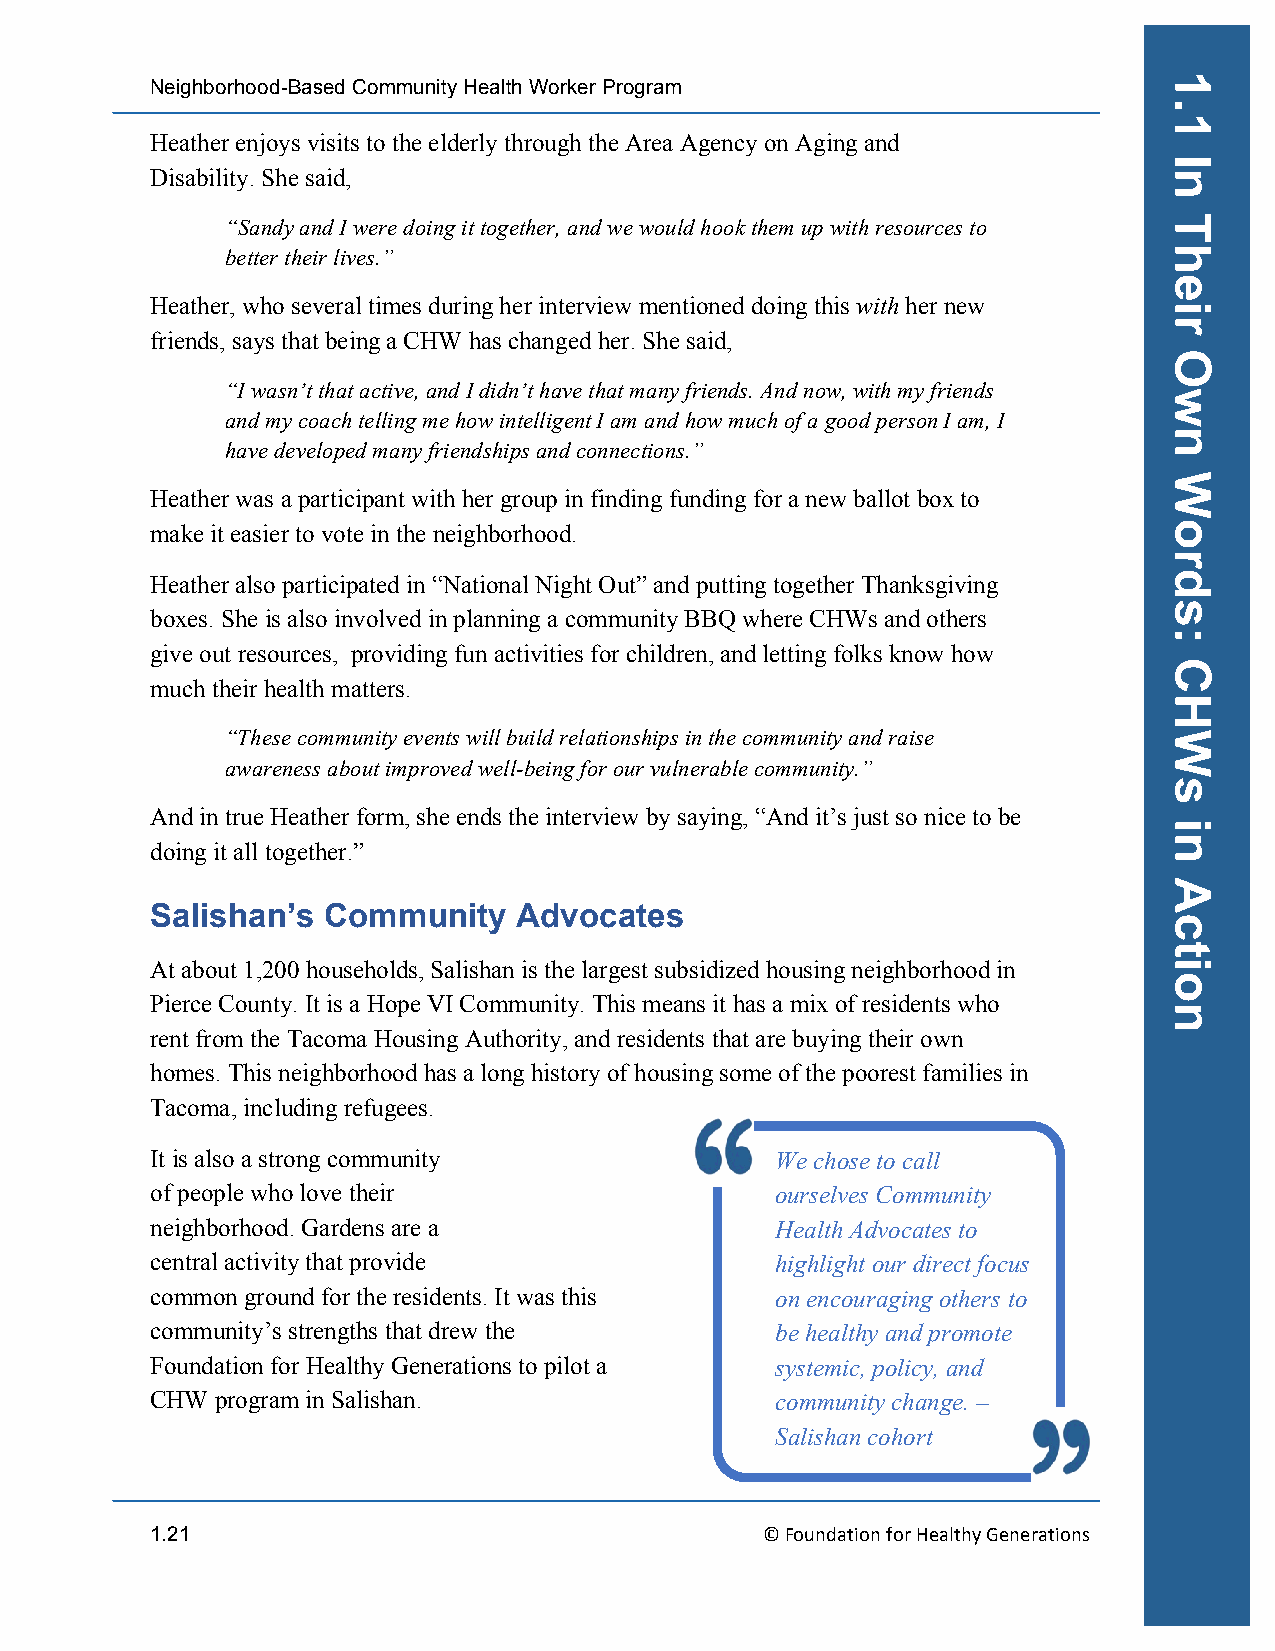
Neighborhood-Based Community Health Worker Program
 Heather enjoys visits to the elderly through the Area Agency on Aging and
 Disability. She said,
 “Sandy and I were doing it together, and we would hook them up with resources to
 better their lives.”
 Heather, who several times during her interview mentioned doing this with her new
 friends, says that being a CHW has changed her. She said,
 “I wasn’t that active, and I didn’t have that many friends. And now, with my friends
 and my coach telling me how intelligent I am and how much of a good person I am, I
 have developed many friendships and connections.”
 Heather was a participant with her group in finding funding for a new ballot box to
 make it easier to vote in the neighborhood.
 Heather also participated in “National Night Out” and putting together Thanksgiving
 boxes. She is also involved in planning a community BBQ where CHWs and others
 give out resources, providing fun activities for children, and letting folks know how
 much their health matters.
 “These community events will build relationships in the community and raise
 awareness about improved well-being for our vulnerable community.”
 And in true Heather form, she ends the interview by saying, “And it’s just so nice to be
 doing it all together.”
 Salishan’s Community    Advocates
 At about 1,200 households, Salishan is the largest subsidized housing neighborhood in
 Pierce County. It is a Hope VI Community. This means it has a mix of residents who
 rent from the Tacoma Housing Authority, and residents that are buying their own
 homes. This neighborhood has a long history of housing some of the poorest families in
 Tacoma, including refugees.
 It is also a strong community            We chose to call
 of people who love their                 ourselves Community
 neighborhood. Gardens are a              Health Advocates to
 central activity that provide            highlight our direct focus
 common ground for the residents. It was this on encouraging others to
 community’s strengths that drew the      be healthy and promote
 Foundation for Healthy Generations to pilot a systemic, policy, and
 CHW program in Salishan.                 community change. –
 Salishan cohort
 1.21                                    © Foundation for Healthy Generations
 1.1
 In
 Their
 Own
 Words:
 CHWs
 in
 Action